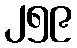
၂၅၉